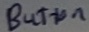
Text: Button